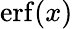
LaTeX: \operatorname{erf}(x)